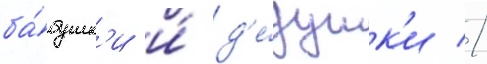
ба́бушк'и и́ д'е́душк'и //